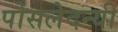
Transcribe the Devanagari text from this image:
पोसलेदन्यी